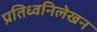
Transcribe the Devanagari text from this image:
प्रतिध्वनिलेखन